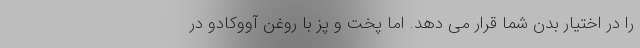
را در اختیار بدن شما قرار می دهد. اما پخت و پز با روغن آووکادو در